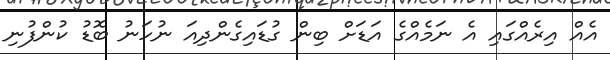
އެއް އިރެއްގައި އެ ނަމެއްގެ އަޑަށް ބިން ގުޑައިގެންދިއަ ނުހަނު ބޮޑު ކުންފުނި